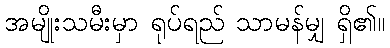
အမျိုးသမီးမှာ ရုပ်ရည် သာမန်မျှ ရှိ၏။